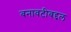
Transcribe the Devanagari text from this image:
बनावटीबद्दल